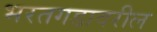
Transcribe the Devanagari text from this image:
भरतगडावरील